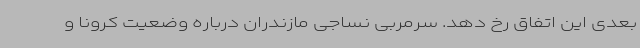
بعدی این اتفاق رخ دهد. سرمربی نساجی مازندران درباره وضعیت کرونا و